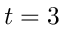
t = 3